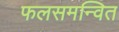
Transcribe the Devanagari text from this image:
फलसमन्वित